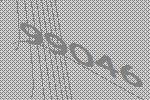
99046